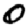
Digit: 0